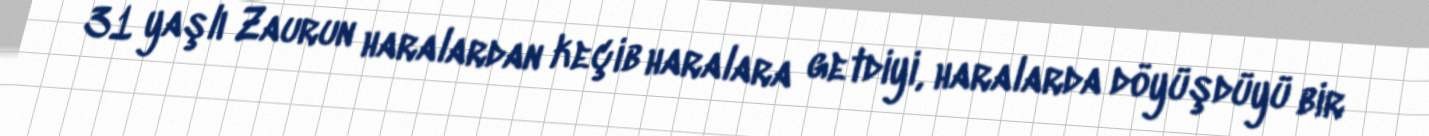
31 yaşlı Zaurun haralardan keçib haralara getdiyi, haralarda döyüşdüyü bir